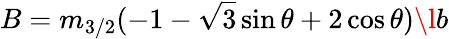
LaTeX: B=m_{3/2}(-1-\sqrt{3}\sin\theta+2\cos\theta)\l{b}